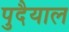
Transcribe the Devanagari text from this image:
पुदैयाल